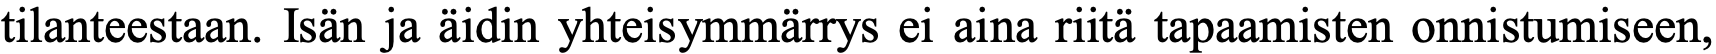
tilanteestaan. Isän ja äidin yhteisymmärrys ei aina riitä tapaamisten onnistumiseen,